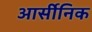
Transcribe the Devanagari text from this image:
आर्सीनिक